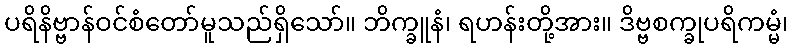
ပရိနိဗ္ဗာန်ဝင်စံတော်မူသည်ရှိသော်။ ဘိက္ခူနံ၊ ရဟန်းတို့အား။ ဒိဗ္ဗစက္ခုပရိကမ္မံ၊